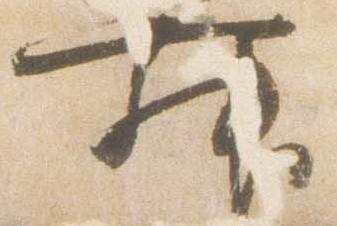
舞